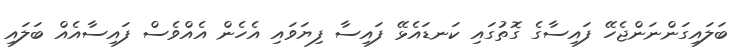
ބަލައިގަންނަންޖެހޭ ފައިސާގެ ގޮތުގައި ކަނޑައެޅޭ ފައިސާ ފިޔަވައި އެހެން އެއްވެސް ފައިސާއެއް ބަލައި